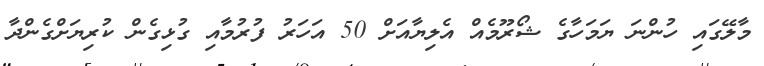
މާލޭގައި ހުންނަ ޔަމަހާގެ ޝޯރޫމެއް އެލިޔާއަށް 50 އަހަރު ފުރުމާއި ގުޅިގެން ކުރިޔަށްގެންދާ